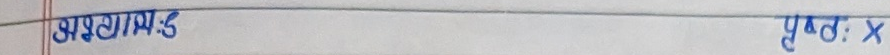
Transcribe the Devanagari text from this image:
सयोजनाइ पृष्ट: X